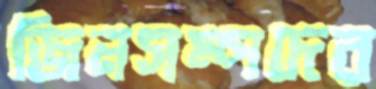
জিনসম্পদের